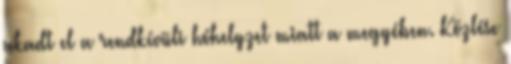
akadt el a rendkívüli hóhelyzet miatt a megyében. Közlése